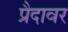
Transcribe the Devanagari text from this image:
प्रैदावर